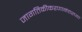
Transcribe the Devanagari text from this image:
जागतिकीकरणानंतरच्या